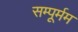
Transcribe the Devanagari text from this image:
सम्पूर्मम